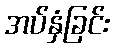
အပ်နှံခြင်း